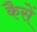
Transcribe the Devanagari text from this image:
कैसें